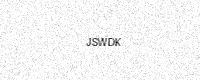
Text: JSWDK